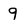
Character: 9